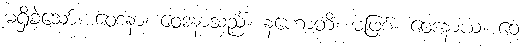
မရှိခဲ့သော်။ ဝေဒနာ၊ ဝေဒနာသည်။ နဟောတိ၊ မဖြစ်။ ဝေဒနာယ၊ ဝေ